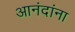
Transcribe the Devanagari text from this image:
आनंदांना